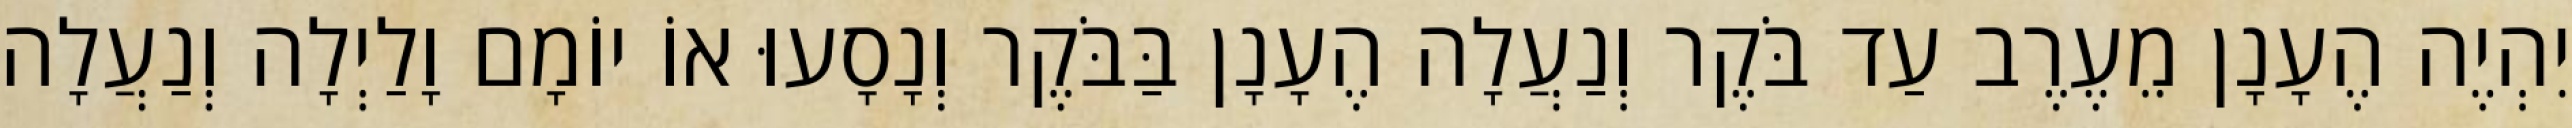
יִהְיֶה הֶעָנָן מֵעֶרֶב עַד בֹּקֶר וְנַעֲלָה הֶעָנָן בַּבֹּקֶר וְנָסָעוּ אוֹ יוֹמָם וָלַיְלָה וְנַעֲלָה